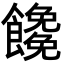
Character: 𩟖